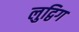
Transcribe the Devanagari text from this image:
लुद्विग